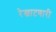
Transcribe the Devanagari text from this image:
रेखाटणारी